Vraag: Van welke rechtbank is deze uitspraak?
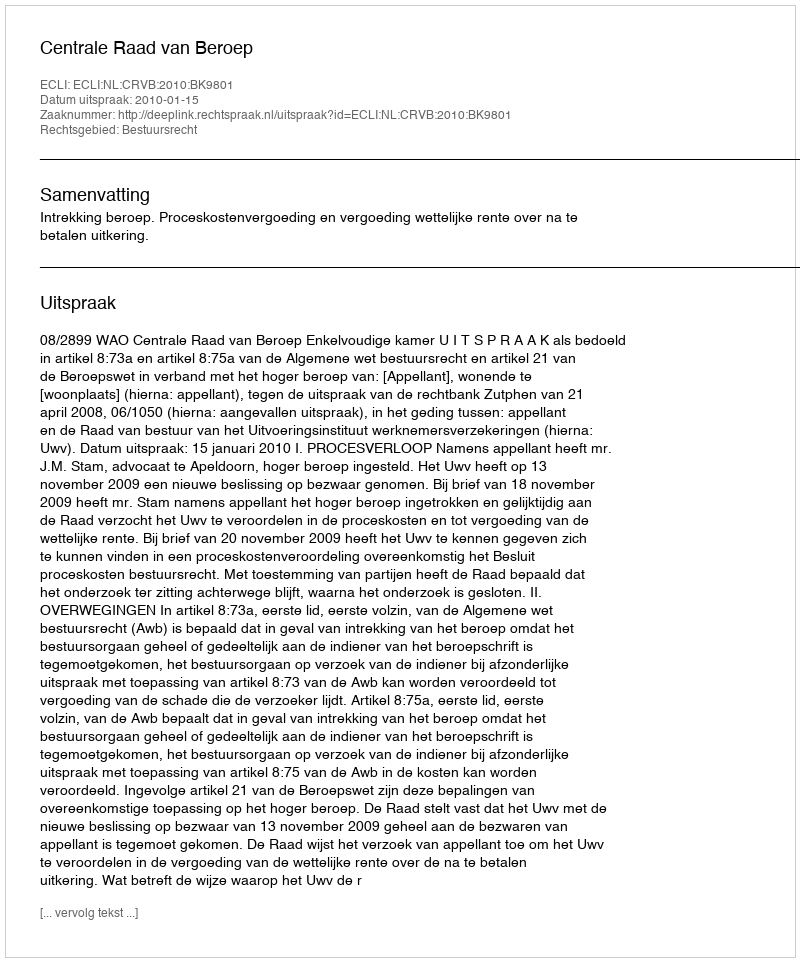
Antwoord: Centrale Raad van Beroep